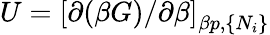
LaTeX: U=\left[\partial(\beta G)/\partial\beta\right]_{\beta p,\{ N_{i}\} }